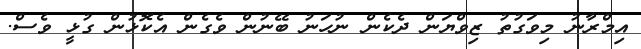
އިމްރާނު މިވަގުތު ޒިވްޔަން ދެކެން ނުހަނު ބޭނުން ވެގެން އެކޮޅުން ގުޅީ ވެސް.